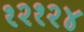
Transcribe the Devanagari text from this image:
१२१२४